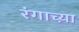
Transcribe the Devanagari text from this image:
रंगाच्य़ा